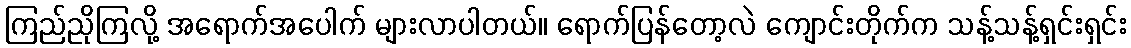
ကြည်ညိုကြလို့ အရောက်အပေါက် များလာပါတယ်။ ရောက်ပြန်တော့လဲ ကျောင်းတိုက်က သန့်သန့်ရှင်းရှင်း